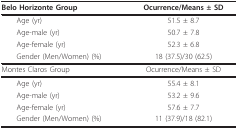
| Belo Horizonte Group | Ocurrence/Means ± SD |
 | --- | --- |
 | Age (yr) | 51.5 ± 8.7 |
 | Age-male (yr) | 50.7 ± 7.8 |
 | Age-female (yr) | 52.3 ± 6.8 |
 | Gender (Men/Women) (%) | 18 (37.5)/30 (62.5) |
 | Montes Claros Group | Ocurrence/Means ± SD |
 | Age (yr) | 55.4 ± 8.1 |
 | Age-male (yr) | 53.2 ± 9.6 |
 | Age-female (yr) | 57.6 ± 7.7 |
 | Gender (Men/Women) (%) | 11 (37.9)/18 (82.1) |